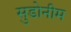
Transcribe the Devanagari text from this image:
सुडोनीम